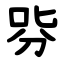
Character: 哛